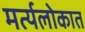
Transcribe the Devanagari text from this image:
मर्त्यलोकात